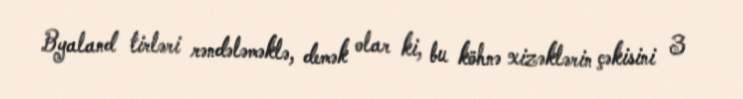
Byaland tirləri rəndələməklə, demək olar ki, bu köhnə xizəklərin çəkisini 3